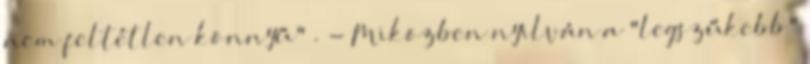
nem feltétlen könnyű" . - Miközben nyilván a "legszűkebb"